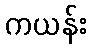
ကယန်း